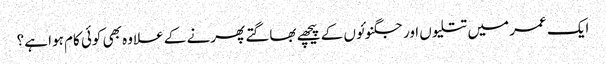
ایک عمر میں تتلیوں اور جگنوئوں کے پیچھے بھاگتے پھرنے کے علاوہ بھی کوئی کام ہوا ہے؟